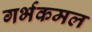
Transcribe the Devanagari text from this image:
गर्भकमल